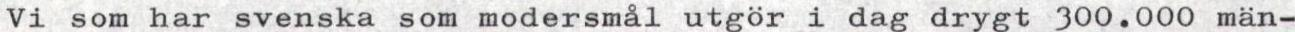
Vi som har svenska som modersmål utgör i dag drygt 300.000 män-